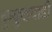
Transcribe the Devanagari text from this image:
कुकुडवाडी